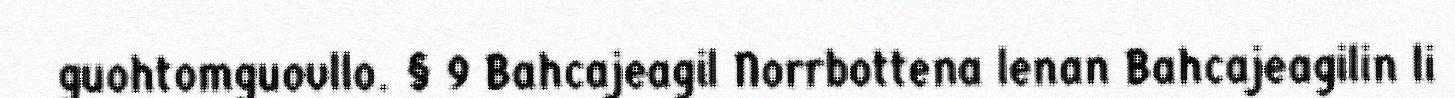
guohtomguovllo. § 9 Bahcajeagil Norrbottena lenan Bahcajeagilin li